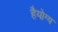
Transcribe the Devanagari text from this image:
हैयोग्य